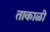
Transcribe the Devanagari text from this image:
ताकाळी